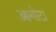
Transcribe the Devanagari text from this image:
आगोटा